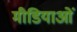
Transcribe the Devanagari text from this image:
मीडियाओं